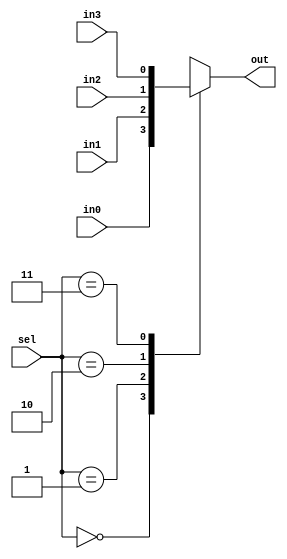
`timescale 1ns / 1ps

module switch_mux(
    input in0,
    input in1,
    input in2,
    input in3,
    input [1:0] sel,
    output reg out
    );
    
    always @(in0 or in1 or in2 or in3 or sel)
        case(sel)
            2'b00: out=in0;
            2'b01: out=in1;
            2'b10: out=in2;
            2'b11: out=in3;
            default: out=2'b00;
    endcase
    
endmodule